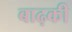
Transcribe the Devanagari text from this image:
बाढ़की